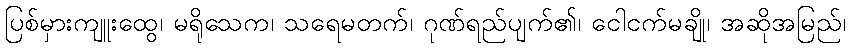
ပြစ်မှားကျူးထွေ၊ မရိုသေက၊ သရေမတက်၊ ဂုဏ်ရည်ပျက်၏၊ ငေါငက်မချို၊ အဆိုအမြည်၊